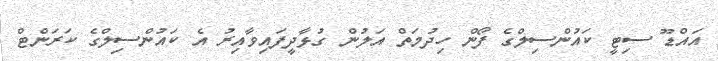
އައްޑޫ ސިޓީ ކައުންސިލްގެ ފޯން ހިދުމަތް އަލުން ގުޅާދީފައިވާއިރު އެ ކައުންސިލްގެ ކަރަންޓް